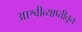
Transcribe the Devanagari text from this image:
आश्वीव्याप्तीतून